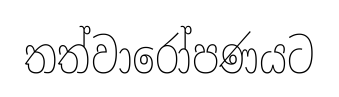
තත්වාරෝපණයට